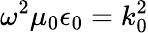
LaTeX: \omega^{2}\mu_{0}\epsilon_{0}=k_{0}^{2}